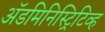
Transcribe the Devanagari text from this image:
अॅडमिनिस्ट्रिटिव्ह